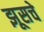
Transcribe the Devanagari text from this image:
झूसचे